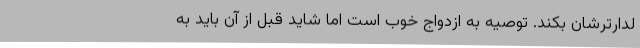
لدارترشان بکند. توصیه به ازدواج خوب است اما شاید قبل از آن باید به